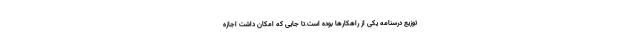
توزیع درسنامه یکی از راهکارها بوده است.تا جایی که امکان داشت اجازه